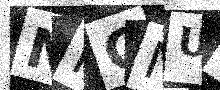
Text: NKCNU4